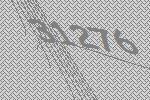
31276